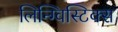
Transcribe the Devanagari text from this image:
लिन्ग्विस्टिक्स